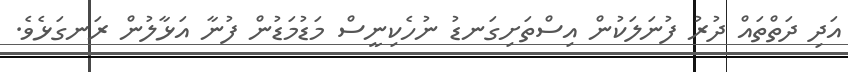
އަދި ދަތްތައް ދުރު ފުނަލަކުން އިސްތަށިގަނޑު ނުހެކިނީސް މަޑުމަޑުން ފުނާ އަޅާލުން ރަނގަޅެވެ.